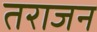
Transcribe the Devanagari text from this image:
तराजन